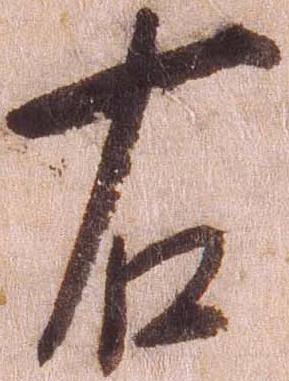
右